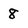
Character: 8